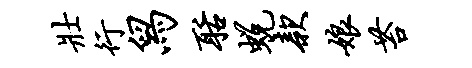
壮行舄聒蜕款娘苔